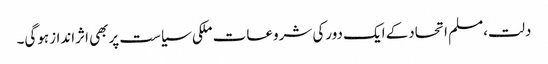
دلت،مسلم اتحادکے ایک دورکی شروعات ملکی سیاست پربھی اثراندازہوگی۔